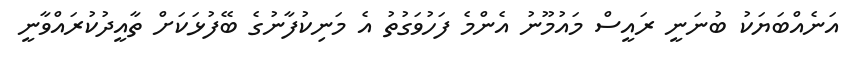
އަނެއްބަޔަކު ބުނަނީ ރައީސް މައުމޫނު އެންމެ ފަހުވަގުތު އެ މަނިކުފާނުގެ ބޭފުޅަކަށް ތާއީދުކުރައްވާނީ